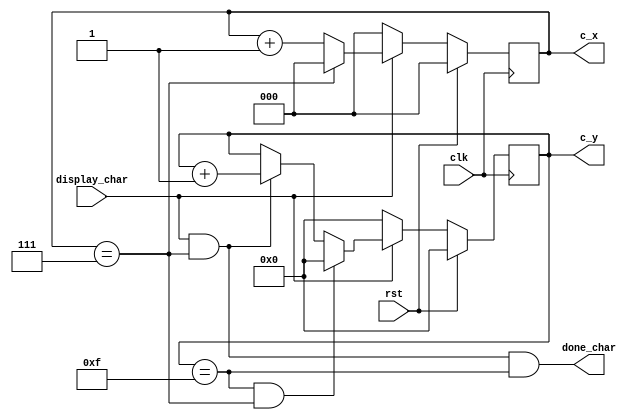
// This is part of the ECE241 final project
// This file contains the key counter that print 16*8 character onto the VGA

module text_display_offset_counter(clk, rst, display_char, done_char, c_x, c_y);
    input clk;
    input rst;
    input display_char;
    output done_char;
    output reg [2:0]c_x;
    output reg [3:0]c_y;

    always @ (posedge clk)
    begin
        if (rst)
            c_x <= 3'b0;
        else if (!display_char)
            c_x <= 3'b0;
        else if (c_x == 3'd7)
            c_x <= 3'b0;
        else if (display_char)
            c_x <= c_x + 1;
    end

    always @ (posedge clk)
    begin
        if (rst)
            c_y <= 4'b0;
        else if (!display_char)
            c_y <= 4'b0;
        else if ((c_y == 4'd15) && (c_x == 3'd7))
            c_y <= 4'b0;
        else if (display_char && (c_x == 3'd7))
            c_y <= c_y + 1;
    end

    assign done_char = (display_char&&(c_x == 3'd7)&&(c_y == 4'd15));

endmodule